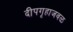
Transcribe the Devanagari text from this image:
दीपगृहाजवळ